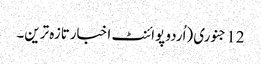
12 جنوری (اُردو پوائنٹ اخبارتازہ ترین۔